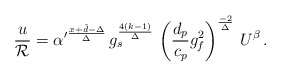
\begin{align*}{u \over {\cal R}} = {\alpha^\prime}^{x+\tilde d -\Delta \over \Delta} \,g_s^{4 (k-1) \over \Delta} \, \left( \frac{d_p}{c_p} g_f^2 \right)^{-2 \over \Delta} \, U^{\beta} \, .\end{align*}